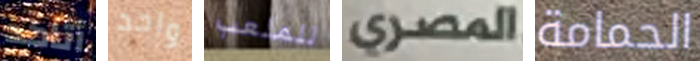
أتاكد واحد للملعب المصري الحمامة